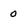
Character: 0